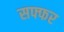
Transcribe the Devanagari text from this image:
सफ्फर